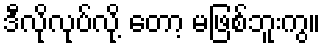
ဒီလိုလုပ်လို့ တော့ မဖြစ်ဘူးကွ။